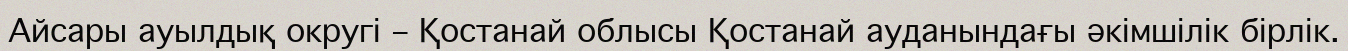
Айсары ауылдық округі – Қостанай облысы Қостанай ауданындағы әкімшілік бірлік.